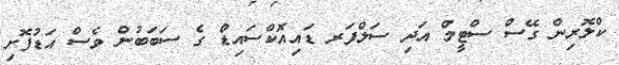
ކްލޮރިން ގޭސް ސްޓީމް އަދި ސަލްފަރ ޑައިއޮކްސައިޑް ގެ ސަބަބުން ވެސް އަޑުފޮށި